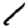
Digit: 1